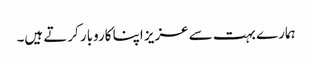
ہمارے بہت سے عزیز اپنا کاروبار کرتے ہیں۔